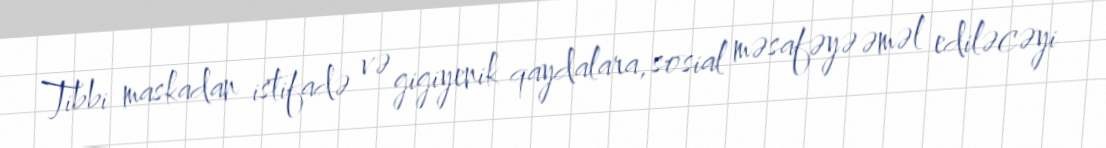
Tibbi maskadan istifadə və gigiyenik qaydalara, sosial məsafəyə əməl ediləcəyi